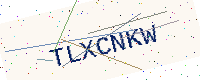
Text: TLXCNKW